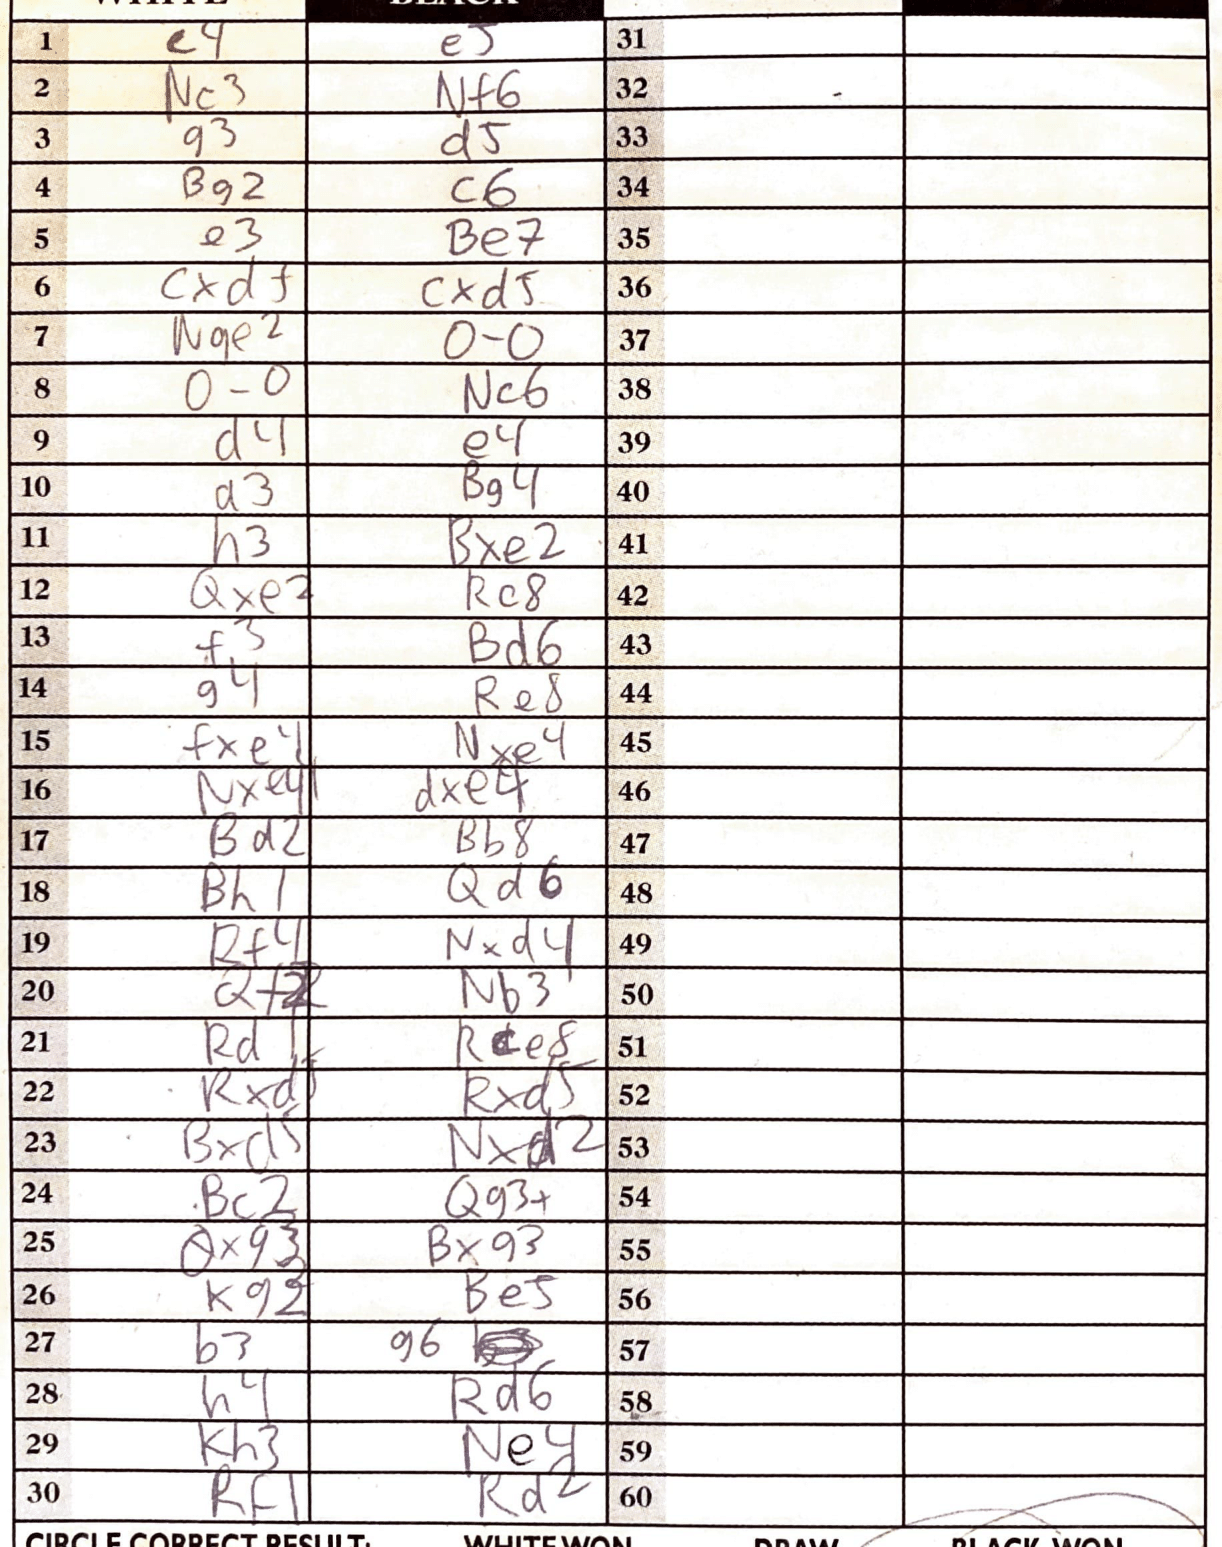
Moves: e4 e5 Nc3 Nf6 g3 d5 Bg2 c6 e3 Be7 cxd1 cxd5 Nge2 O-O O-O Nc6 d4 e4 a3 Bg4 h3 Bxe2 Qxe2 Rc8 f3 Bd6 g4 Re8 fxe4 Nxe4 Nxe4 dxe4 B2 Bb8 Bh1 Qd6 Rf4 Nxd4 Qf2 Nb3 Rd1 Rce8 Rxd5 Rxd5 Bxd5 Nxd2 Bc2 Qg3+ Qxg3 Bxg3 Kg2 Be5 b3 g6 h4 Rd6 Kh3 Ne4 Rf1 Rd2